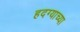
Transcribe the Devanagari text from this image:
हदग्याच्या